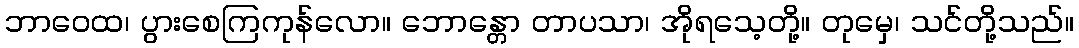
ဘာဝေထ၊ ပွားစေကြကုန်လော။ ဘောန္တော တာပသာ၊ အိုရသေ့တို့။ တုမှေ၊ သင်တို့သည်။